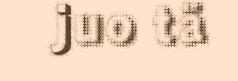
juo tä